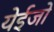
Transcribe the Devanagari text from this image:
येईजो